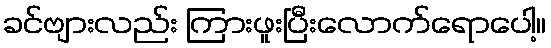
ခင်ဗျားလည်း ကြားဖူးပြီးလောက်ရောပေါ့။